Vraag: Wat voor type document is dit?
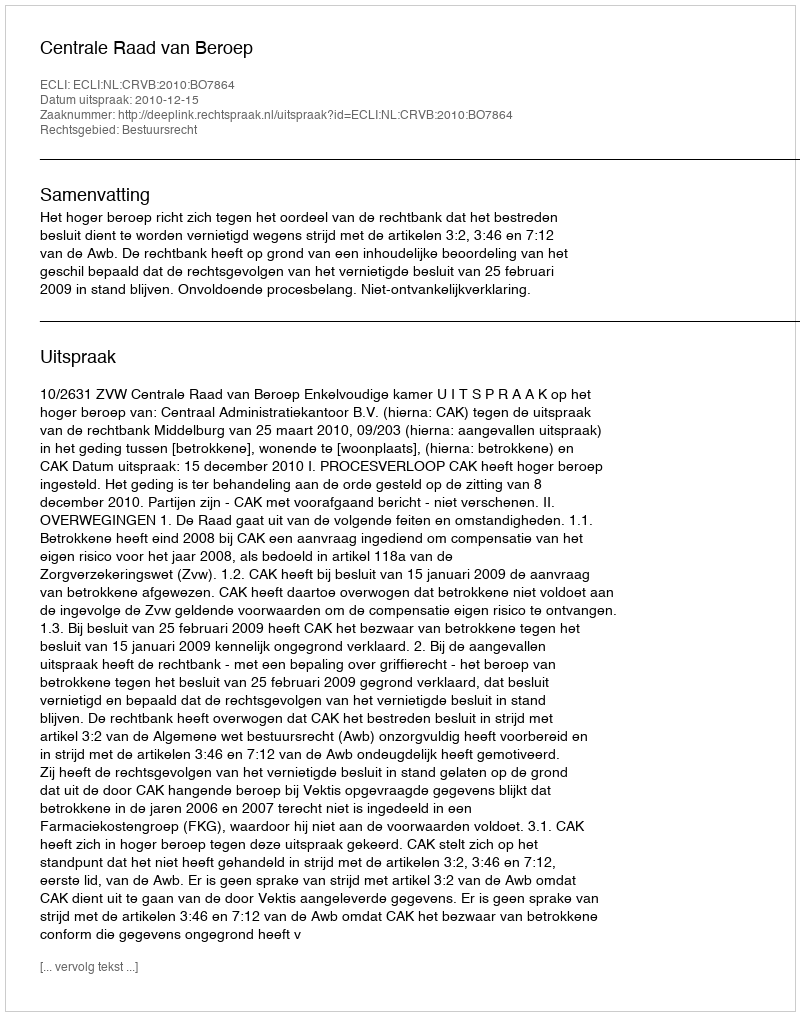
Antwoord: Uitspraak